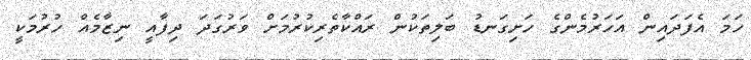
ހަމަ އެފަދައިން އަހަރުމެންގެ ހަށިގަނޑު ބަލިތަކުން ރައްކާތެރިކުރުމަށް ވަރުގަދަ ދިފާއީ ނިޒާމެއް ހުރުމަކީ